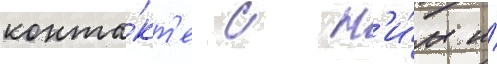
конта́кт'е с н'и́м и́